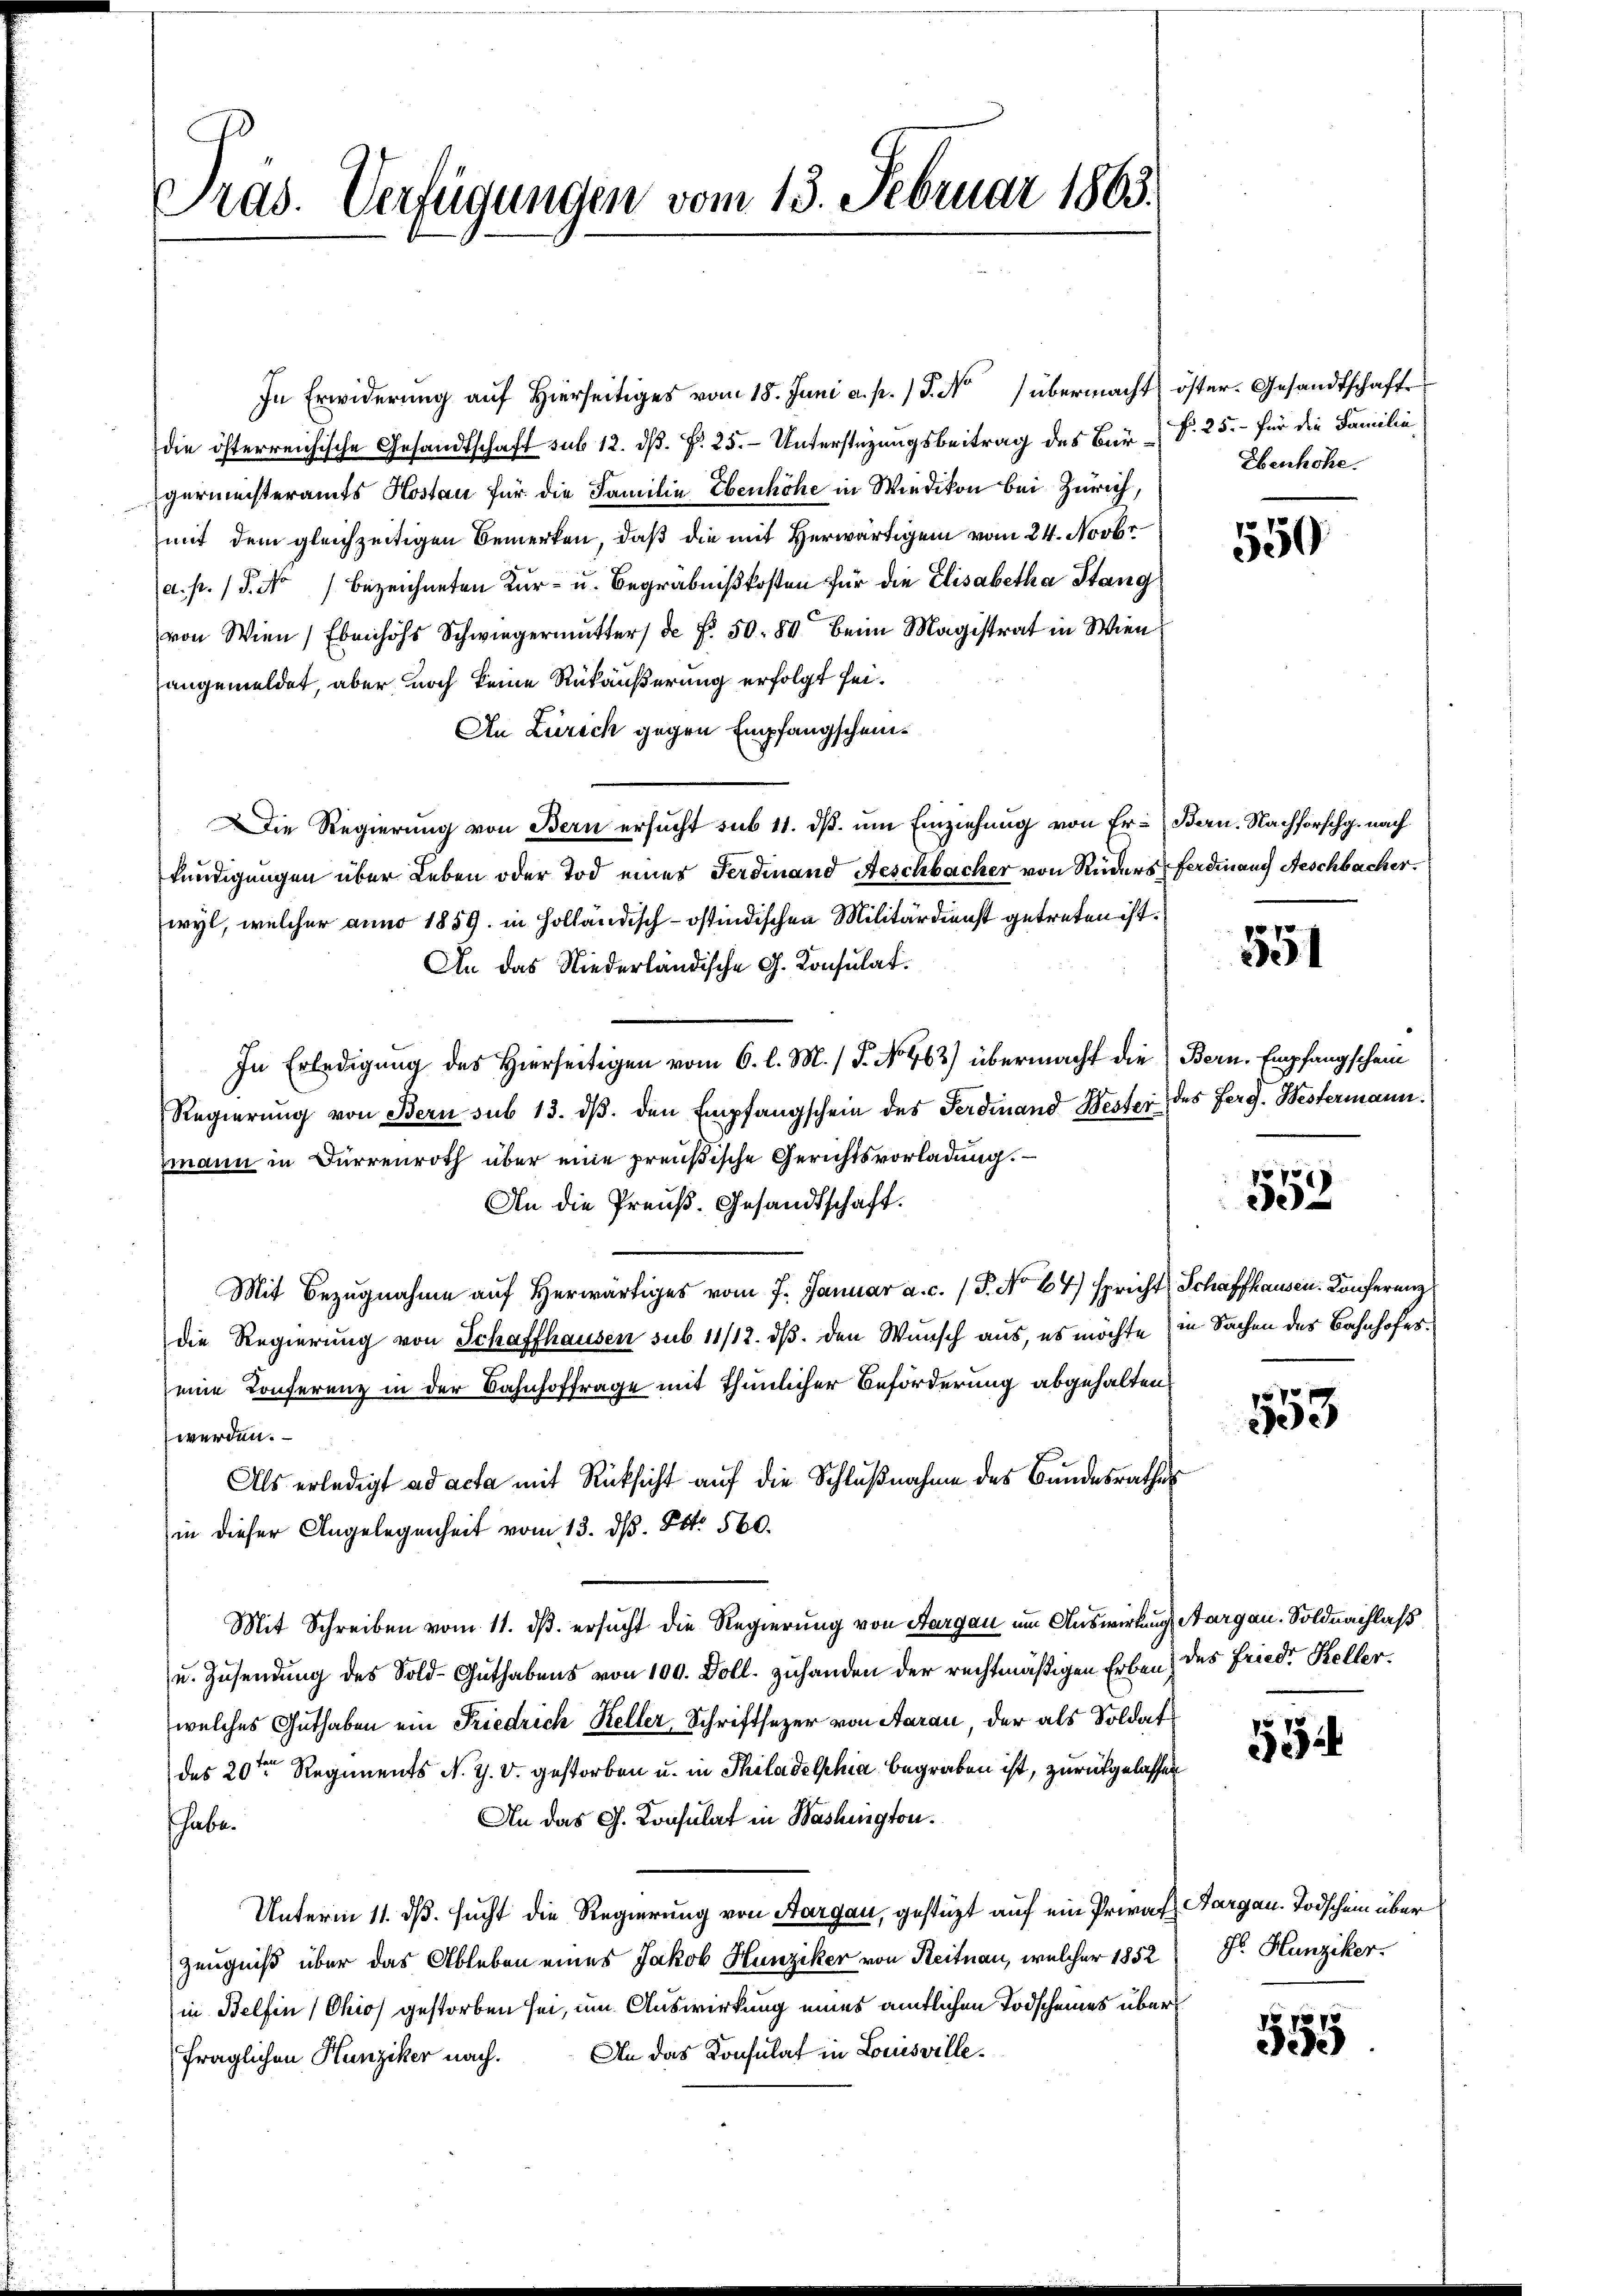
Pras. Verfügungen vom 13. Februar 1863.

In Erwiderung auf hierseitiges vom 18. Juni a. p. 1 S. Nro übermacht öster- Gesandtschafte
die österreichische Gesandtschaft sub 12. ds. f. 25. - Unterstüzungsbeitrag des Bürk. 25.- für die Familie,
germeisteramts Hostan für die Familie Ebenhöhe in Wiedikon bei Zürich,
mit dem gleichzeitigen Bemerken, daß die mit Herwärtigem vom 24. Novbr
(a. p. 1. No / bezeichneten Kur- u. Begräbnißkosten für die Elisabetha Stang
von Wien) Ebenhofs Schwiegermutter de f. 50. 80 beim Magistrat in Wien
angemeldet, aber noch keine Rükäußerung erfolgt sei¬
An Zürich gegen Empfangscheinie Regierung von Bern ersucht sub 11. ds. um Einziehung von Er-Bern. Nachforschg. nach
kündigungen über Leben oder Tod eines Ferdinand Aeschbacher von Ruders Ferdinand Aeschbacher.
wyl, welcher anno 1859. in Holländisch-östindischen Militärdienst getreten ist.
An das Niederländische G. Konsulat
In Erledigŭng des Hierseitigen vom 6. l. M. / 5. No 463) übermacht die Bern. Empfangschein
Regierŭng von Bern sub 13. dβ. den Empfangschein des Ferdinand Wester des Ferg. Westermann.
mmann in Dürrenroth über eine preußische Gerichtsvorladung.
An die Preuß. Gesandtschaft.
Mit Bezugnahme auf herwärtiges vom 7. Januar a. c. (T. No 64) spricht Schaffhausen. Konferenz
die Regierung von Schaffhausen sub 11/12. dß. den Wunsch aus, es möchte) in Sachen des Bahnhofeseine Konferenz in der Bahnhoffrage mit thunlicher Beförderung abgehalten
werden.
Als erledigt ad acta mit Rücksicht auf die Schlußnahme des Bundesrathes
(in dieser Angelegenheit vom 13. ds. Pkt. 560.
Mit Schreiben vom 11. ds. ersucht die Regierung von Aargau um Auswirkung Aargau. Soldnachlaß
u. Zusendung des Sold-Guthabens von 100. Doll. zuhanden der rechtmäßigen Erben des Fried. Kellerwelches Guthaben ein Friedrich Keller Schriftsezer von Aarau, der als Soldat
des 20ten Regiments N. Z. V. gestorben u. in Thiladelphia begraben ist, zurückgelassen
An das G. Konsulat in Washington.
shabe.
Unterm 11. ds. sucht die Regierung von Aargau, gestüzt auf ein Privat Aargau. Todschein über
Zeugniß über das Ableben eines Jakob Hunziker von Reitnau, welcher 1852
in Belfen (Chios gestorben sei, um Auswirkung eines amtlichen Todscheines über
fraglichen Hunziker nach. An das Konsulat in Louisville¬

Ebenhöhe.

550

p
2

552

Pepe
103

234

Hs. Hunziker.

555